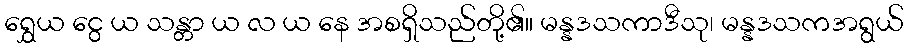
ရွှေယ ငွေ ယ သန္တာ ယ လ ယ နေ အစရှိသည်တို့၏။ မန္နဒသကာဒီသု၊ မန္နဒသကအရွယ်